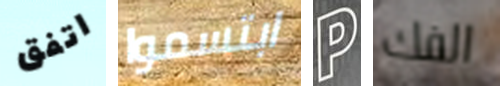
اتفق ابتسموا P الفك